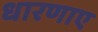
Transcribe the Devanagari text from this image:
धारणाए